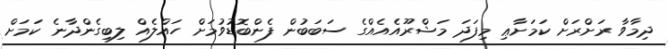
ދިމާވާ ރަށްރަށް ކަމަށާޢި މިފަދަ މަޝްރޫއެއެއްގެ ސަބަބުން ފެންބޮޑުވުމަށް ހައްލެއް ލިބިގެންދާނެ ކަމަށް